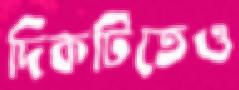
দিকটিতেও